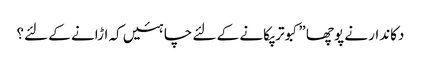
دکاندار نے پوچھا ”کبوتر پکانے کے لئے چاہئیں کہ اڑانے کے لئے؟